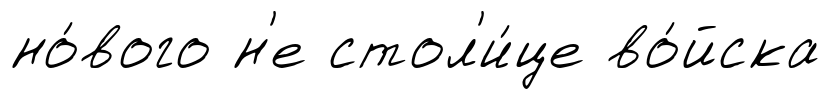
но́вого н'е стол'и́це во́йска